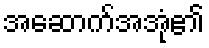
အဆောက်အအုံ၏